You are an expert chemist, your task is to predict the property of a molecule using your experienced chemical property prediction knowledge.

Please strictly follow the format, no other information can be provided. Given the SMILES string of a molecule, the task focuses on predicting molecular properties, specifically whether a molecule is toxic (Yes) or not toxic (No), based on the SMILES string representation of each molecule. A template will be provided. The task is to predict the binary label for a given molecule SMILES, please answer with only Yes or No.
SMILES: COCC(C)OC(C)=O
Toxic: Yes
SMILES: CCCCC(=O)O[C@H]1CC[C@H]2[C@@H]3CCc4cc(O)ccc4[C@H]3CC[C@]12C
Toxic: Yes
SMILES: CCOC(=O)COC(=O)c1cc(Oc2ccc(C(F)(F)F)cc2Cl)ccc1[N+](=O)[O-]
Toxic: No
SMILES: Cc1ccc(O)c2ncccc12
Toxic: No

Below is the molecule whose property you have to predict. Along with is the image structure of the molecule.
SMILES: CC(CC(=O)Cl)CC(C)(C)C
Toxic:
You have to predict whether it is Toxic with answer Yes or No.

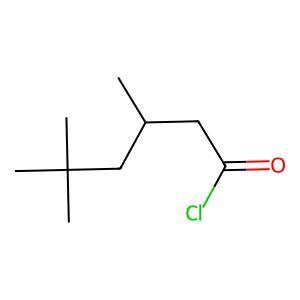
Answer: No